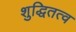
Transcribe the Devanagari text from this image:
शुद्धितत्व